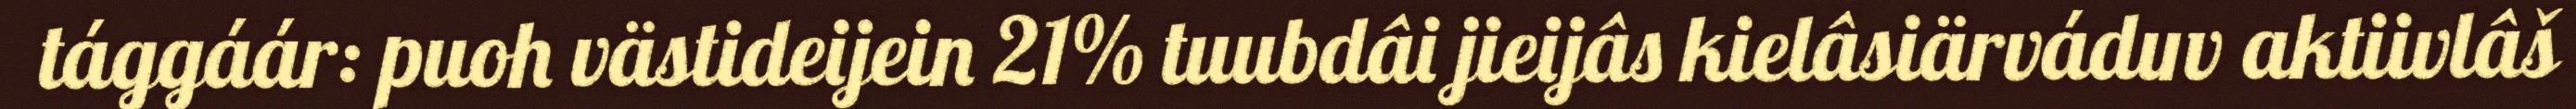
tággáár: puoh västideijein 21% tuubdâi jieijâs kielâsiärváduv aktiivlâš